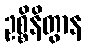
ဥစ္စိနိတွာန